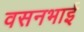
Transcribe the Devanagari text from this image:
वसनभाई